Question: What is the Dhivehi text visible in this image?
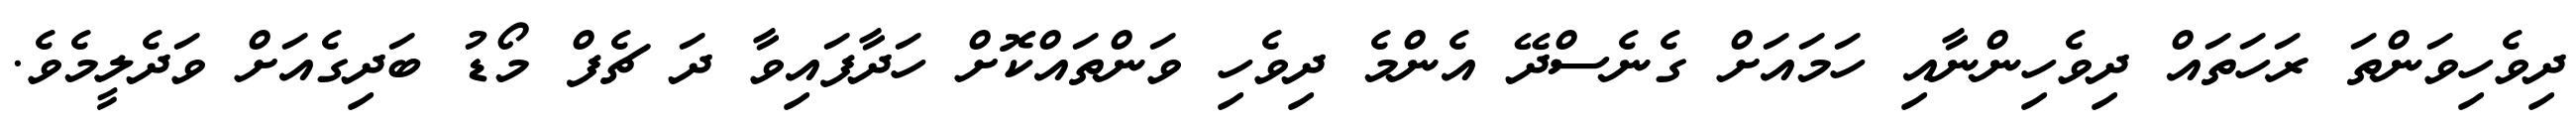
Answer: ދިވެހިވަންތަ ރަހަތައް ދިވެހިންނާއި ހަމައަށް ގެނެސްދޭ އެންމެ ދިވެހި ވަންތައްކޮށް ހަދާފައިވާ ދަ ޗެފް މޯޑު ބަދިގެއަށް ވަދެލީމެވެ.